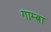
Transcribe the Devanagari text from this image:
गाम्बा